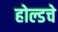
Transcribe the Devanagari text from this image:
होल्डचे